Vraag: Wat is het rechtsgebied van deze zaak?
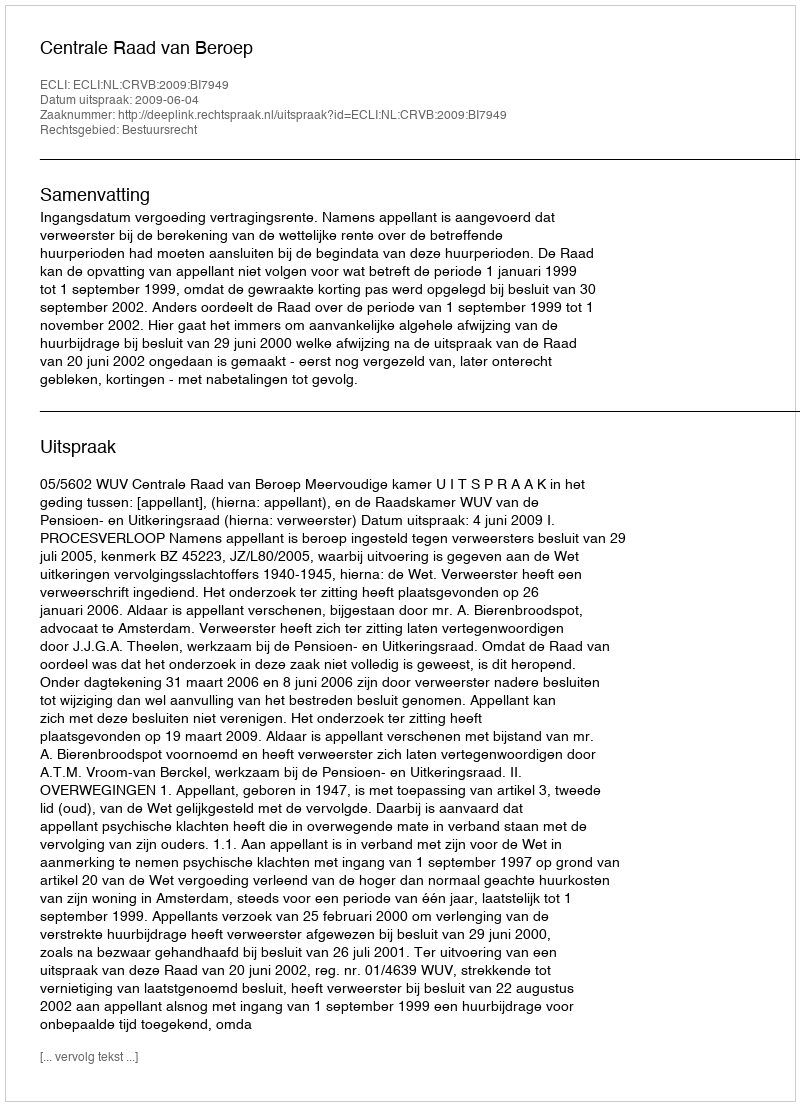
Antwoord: Bestuursrecht